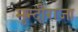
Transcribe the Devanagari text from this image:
मुन्दीराजा